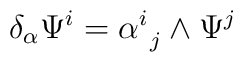
\delta_{\alpha} \Psi^{i} = \alpha^{i}_{\ j} \wedge \Psi^{j}